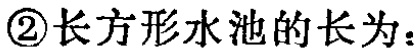
\textcircled{2}长方形水池的长为：